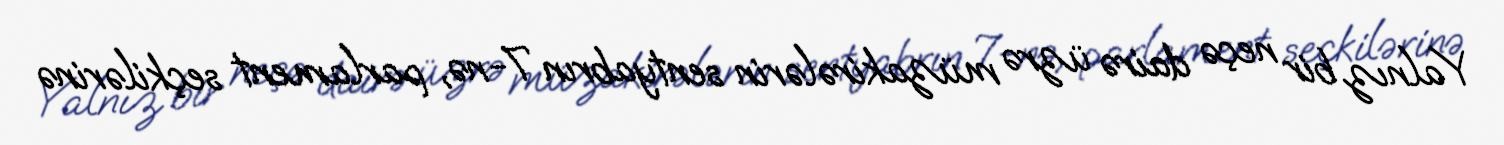
Yalnız bir neçə dairə üzrə müzakirələrin sentyabrın 7-nə, parlament seçkilərinə